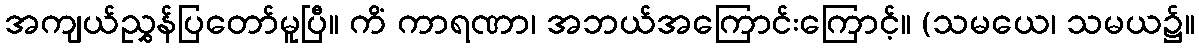
အကျယ်ညွှန်ပြတော်မူပြီ။ ကိံ ကာရဏာ၊ အဘယ်အကြောင်းကြောင့်။ (သမယေ၊ သမယ၌။